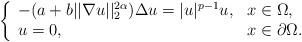
LaTeX: \begin{align*}\left\{\begin{array}{ll}-(a+b||\nabla u||_2^{2\alpha})\Delta u=|u|^{p-1}u,&x\in\Omega,\\u=0,&x\in\partial\Omega.\end{array}\right.\end{align*}